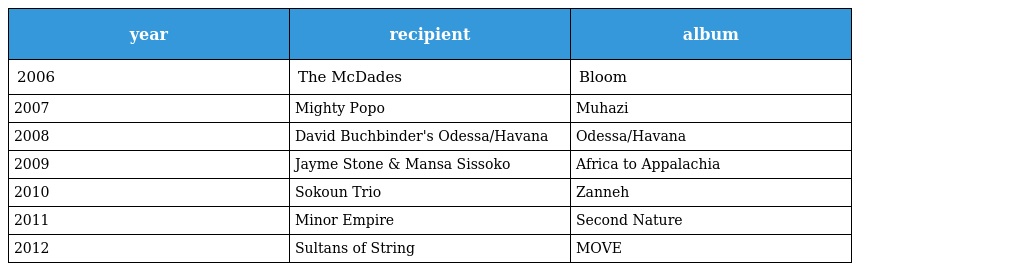
| year | recipient | album |
 | --- | --- | --- |
 | 2006 | The McDades | Bloom |
 | 2007 | Mighty Popo | Muhazi |
 | 2008 | David Buchbinder's Odessa/Havana | Odessa/Havana |
 | 2009 | Jayme Stone & Mansa Sissoko | Africa to Appalachia |
 | 2010 | Sokoun Trio | Zanneh |
 | 2011 | Minor Empire | Second Nature |
 | 2012 | Sultans of String | MOVE |